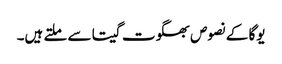
یوگا کے نصوص بھگوت گیتا سے ملتے ہیں۔